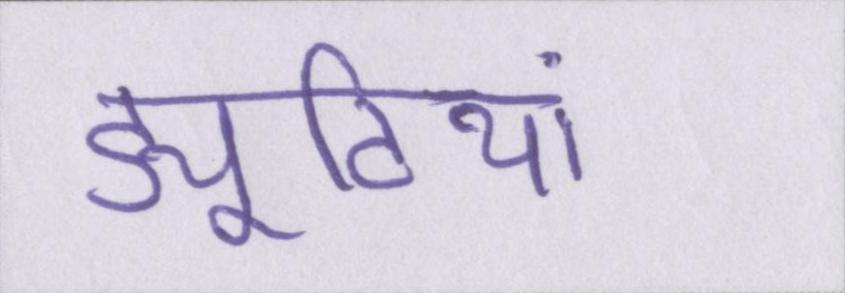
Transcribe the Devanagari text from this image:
ड्यूटियां